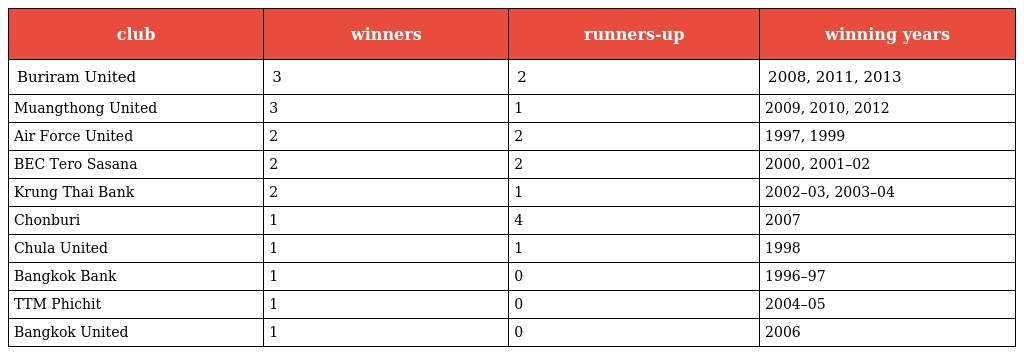
| club | winners | runners-up | winning years |
 | --- | --- | --- | --- |
 | Buriram United | 3 | 2 | 2008, 2011, 2013 |
 | Muangthong United | 3 | 1 | 2009, 2010, 2012 |
 | Air Force United | 2 | 2 | 1997, 1999 |
 | BEC Tero Sasana | 2 | 2 | 2000, 2001–02 |
 | Krung Thai Bank | 2 | 1 | 2002–03, 2003–04 |
 | Chonburi | 1 | 4 | 2007 |
 | Chula United | 1 | 1 | 1998 |
 | Bangkok Bank | 1 | 0 | 1996–97 |
 | TTM Phichit | 1 | 0 | 2004–05 |
 | Bangkok United | 1 | 0 | 2006 |